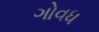
ગોવધ